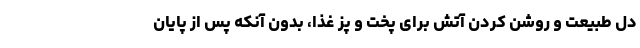
دل طبیعت و روشن کردن آتش برای پخت و پز غذا، بدون آنکه پس از پایان